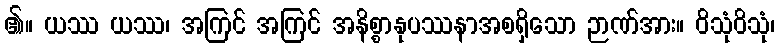
၏။ ယဿ ယဿ၊ အကြင် အကြင် အနိစ္စာနုပဿနာအစရှိသော ဉာဏ်အား။ ဝိသုံဝိသုံ၊